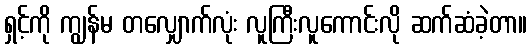
ရှင့်ကို ကျွန်မ တလျှောက်လုံး လူကြီးလူကောင်းလို ဆက်ဆံခဲ့တာ။